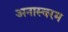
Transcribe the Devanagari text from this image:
अनास्वरम